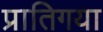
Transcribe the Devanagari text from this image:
प्रातिगया